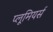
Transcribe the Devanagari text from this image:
प्लूमियर्स